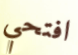
افتحي